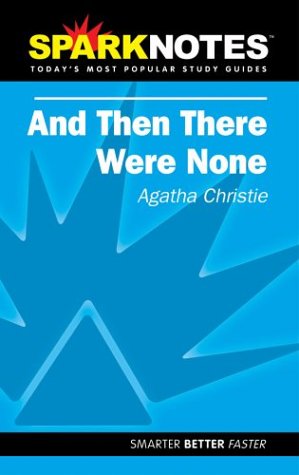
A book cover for Spark Notes And Then There Were None; Agatha Christie; Mystery, Thriller & Suspense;